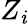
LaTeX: Z_{\mathit{i}}